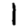
Digit: 1